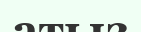
атыз